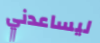
ليساعدني